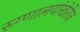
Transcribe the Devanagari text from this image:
रुग्णालयांखेरीज